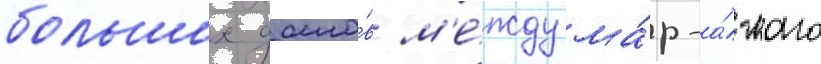
больших домо́в м'е́жду ма́р-а́-лаго